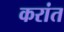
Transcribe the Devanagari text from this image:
करांत